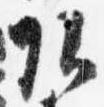
頭